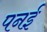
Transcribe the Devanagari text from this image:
पनई